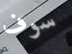
سوف